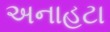
અનાહટા